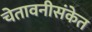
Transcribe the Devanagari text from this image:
चेतावनीसंकेत